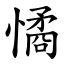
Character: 憰